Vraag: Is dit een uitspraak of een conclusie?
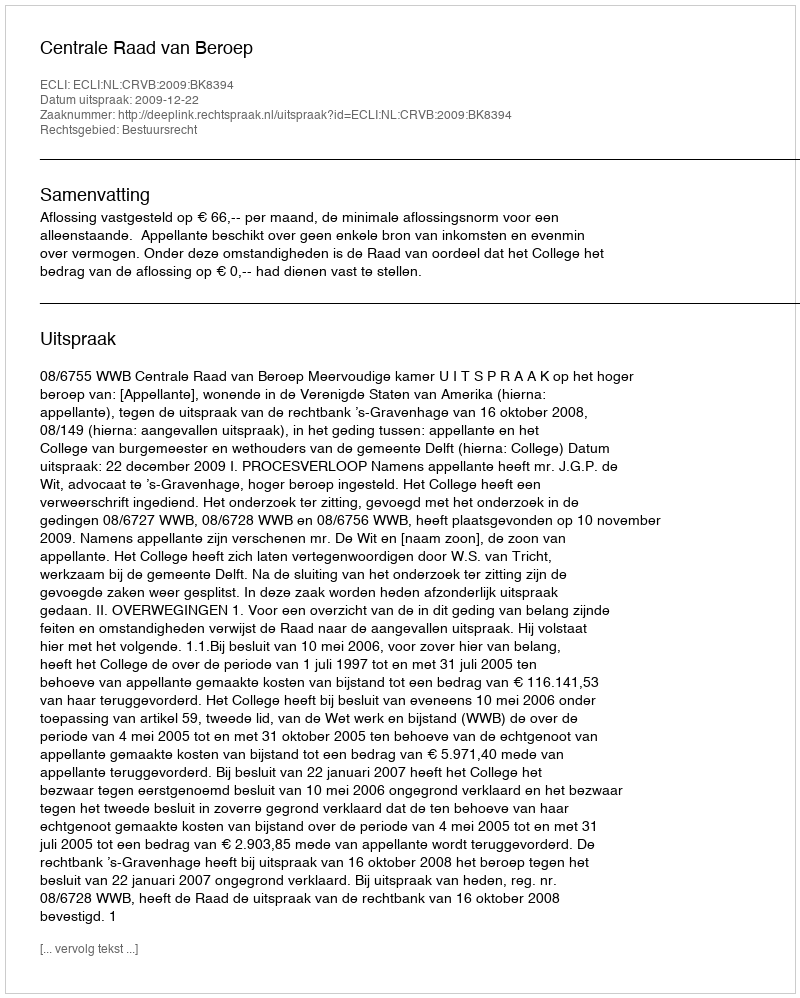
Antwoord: Uitspraak